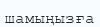
шамыңызға